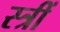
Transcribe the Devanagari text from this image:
स्त्रीं